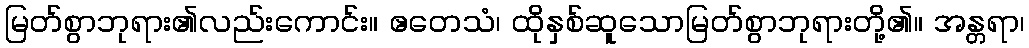
မြတ်စွာဘုရား၏လည်းကောင်း။ ဧတေသံ၊ ထိုနှစ်ဆူသောမြတ်စွာဘုရားတို့၏။ အန္တရာ၊